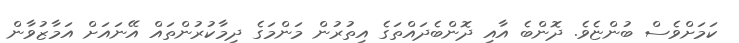
ކަމަށްވެސް ބުންޏެވެ. ދޮންބެ އާއި ދޮންބެދައްތަގެ އިތުރުން މަންމަގެ ދިމާކުރުންތައް އޭނައަށް އަމާޒުވާން